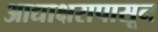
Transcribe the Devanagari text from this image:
आद्याक्षरापासून